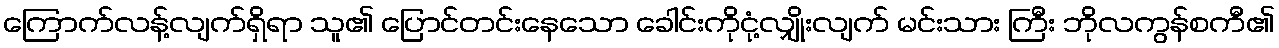
ကြောက်လန့်လျက်ရှိရာ သူ၏ ပြောင်တင်းနေသော ခေါင်းကိုငုံ့လျှိုးလျက် မင်းသား ကြီး ဘိုလကွန်စကီ၏